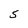
Character: 5